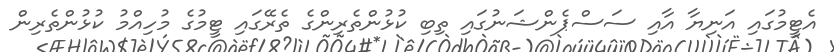
އެޓީމުގައި އަނިޔާ އާއި ސަސްޕެންޝަނުގައި ތިބި ކުޅުންތެރިންގެ ތެރޭގައި ޓީމުގެ މުހިއްމު ކުޅުންތެރިން